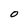
Character: O